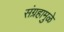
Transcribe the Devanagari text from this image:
संग्रहामुळे